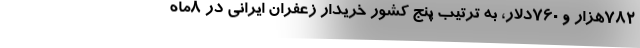
۷۸۲هزار و ۷۶۰دلار، به ترتیب پنج کشور خریدار زعفران ایرانی در ۸ماه